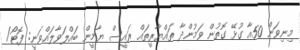
މިނިވަން 50އާ ގުޅޭ ގޮތުން ވަމުންދާ ތައްޔާރީތައް ރައީސް ޔާމީން ބައްލަވާލައްވަނީ: ފޮޓޯ/